Scottish Certificate of Education, 1963
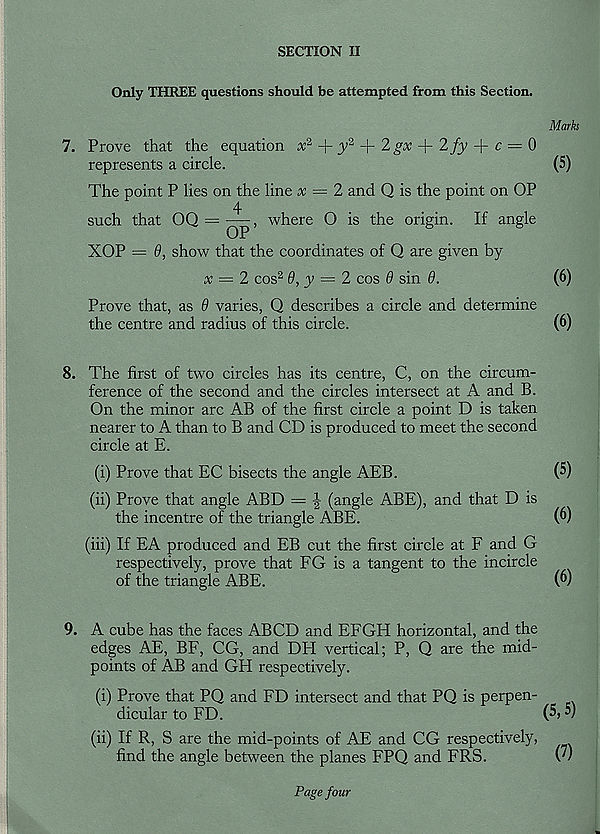
SECTION II
Only THREE questions should be attempted from this Section.
Marks
7. Prove that the equation x 2
y 2 J
r 2 gx
2fy -|- c = 0
represents a circle.
(5)
The point P lies on the line x — 2 and Q is the point on OP
4
such that OQ =
, where O is the origin. If angle
XOP = 9, show that the coordinates of Q are given by
x = 2 cos 2 6, y = 2 cos 9 sin 9.
(6)
Prove that, as 9 varies, Q describes a circle and determine
the centre and radius of this circle.
(6)
8. The first of two circles has its centre, C, on the circum-
ference of the second and the circles intersect at A and B.
On the minor arc AB of the first circle a point D is taken
nearer to A than to B and CD is produced to meet the second
circle at E.
(i) Prove that EC bisects the angle AEB.
(5)
(ii) Prove that angle ABD = | (angle ABE), and that D is
the incentre of the triangle ABE.
(6)
(iii) If EA produced and EB cut the first circle at F and G
respectively, prove that EG is a tangent to the incircle
of the triangle ABE.
(6)
9. A cube has the faces ABCD and EFGH horizontal, and the
edges AE, BE, CG, and DH vertical; P, Q are the mid-
points of AB and GH respectively.
(i) Prove that PQ and ED intersect and that PQ is perpen-
dicular to ED.
')
(ii) If R, S are the mid-points of AE and CG respectively,
find the angle between the planes FPQ and FRS.
v)
Page four